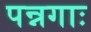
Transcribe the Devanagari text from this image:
पन्नगाः